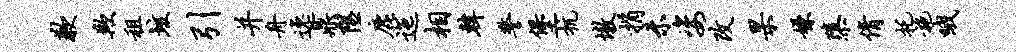
歉欺租垓引并舟逸鼎隰鹿迤相韩警堡抗墩捐未姿改杲嫌隳倩托施哦